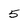
Character: 5